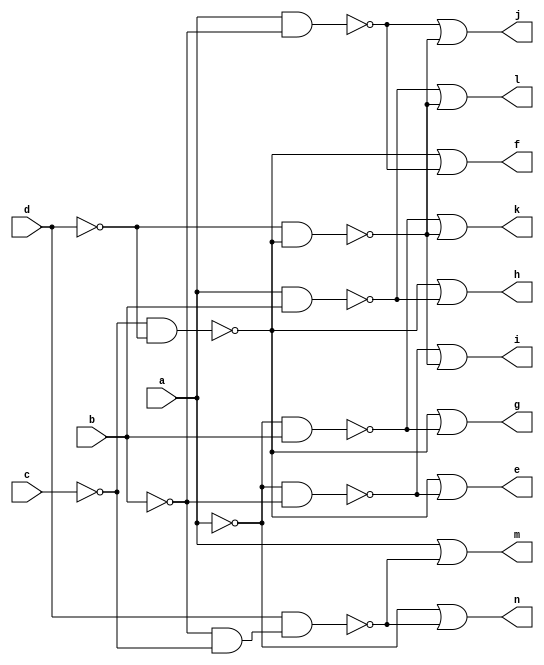
module CM42 ( 
    a, b, c, d,
    e, f, g, h, i, j, k, l, m, n  );
  input  a, b, c, d;
  output e, f, g, h, i, j, k, l, m, n;
  wire new_n15_, new_n16_, new_n18_, new_n20_, new_n22_, new_n24_, new_n29_,
    new_n30_;
  assign new_n15_ = ~c & ~d;
  assign new_n16_ = ~a & ~b;
  assign e = ~new_n15_ | ~new_n16_;
  assign new_n18_ = a & ~b;
  assign f = ~new_n15_ | ~new_n18_;
  assign new_n20_ = ~a & b;
  assign g = ~new_n15_ | ~new_n20_;
  assign new_n22_ = a & b;
  assign h = ~new_n15_ | ~new_n22_;
  assign new_n24_ = ~d & ~new_n15_;
  assign i = ~new_n16_ | ~new_n24_;
  assign j = ~new_n18_ | ~new_n24_;
  assign k = ~new_n20_ | ~new_n24_;
  assign l = ~new_n22_ | ~new_n24_;
  assign new_n29_ = ~b & ~c;
  assign new_n30_ = d & new_n29_;
  assign m = a | ~new_n30_;
  assign n = ~a | ~new_n30_;
endmodule